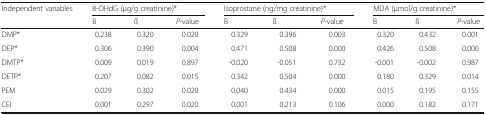
<table><thead><tr><td rowspan="2"><b>Independent variables</b></td><td colspan="3"><b>8-OHdG (μg/g creatinine)*</b></td><td colspan="3"><b>Isoprostane (ng/mg creatinine)*</b></td><td colspan="3"><b>MDA (μmol/g creatinine)*</b></td></tr><tr><td><b>B</b></td><td><b>ß</b></td><td><b><i>P</i>-value</b></td><td><b>B</b></td><td><b>ß</b></td><td><b><i>P</i>-value</b></td><td><b>B</b></td><td><b>ß</b></td><td><b><i>P</i>-value</b></td></tr></thead><tbody><tr><td>DMP*</td><td>0.238</td><td>0.320</td><td>0.020</td><td>0.329</td><td>0.396</td><td>0.003</td><td>0.320</td><td>0.432</td><td>0.001</td></tr><tr><td>DEP*</td><td>0.306</td><td>0.390</td><td>0.004</td><td>0.471</td><td>0.508</td><td>0.000</td><td>0.426</td><td>0.508</td><td>0.000</td></tr><tr><td>DMTP*</td><td>0.009</td><td>0.019</td><td>0.897</td><td>-0.020</td><td>-0.051</td><td>0.732</td><td>-0.001</td><td>-0.002</td><td>0.987</td></tr><tr><td>DETP*</td><td>0.207</td><td>0.082</td><td>0.015</td><td>0.342</td><td>0.504</td><td>0.000</td><td>0.180</td><td>0.329</td><td>0.014</td></tr><tr><td>PEM</td><td>0.029</td><td>0.302</td><td>0.020</td><td>0.040</td><td>0.434</td><td>0.000</td><td>0.015</td><td>0.195</td><td>0.155</td></tr><tr><td>CEI</td><td>0.001</td><td>0.297</td><td>0.020</td><td>0.001</td><td>0.213</td><td>0.106</td><td>0.000</td><td>0.182</td><td>0.171</td></tr></tbody></table>